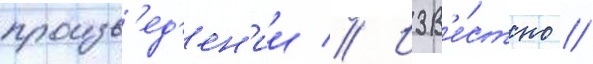
произв'ед'ен'ии // Изв'е́стно /